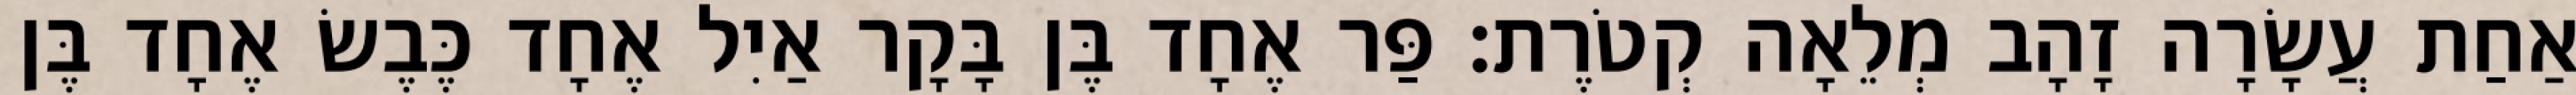
אַחַת עֲשָׂרָה זָהָב מְלֵאָה קְטֹרֶת׃ פַּר אֶחָד בֶּן בָּקָר אַיִל אֶחָד כֶּבֶשׂ אֶחָד בֶּן